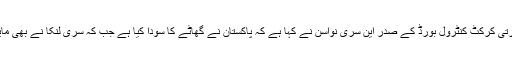
ادھر بھارتی کرکٹ کنٹرول بورڈ کے صدر این سری نواسن نے کہا ہے کہ پاکستان نے گھاٹے کا سودا کیا ہے جب کہ سری لنکا نے بھی مایوس کیا۔